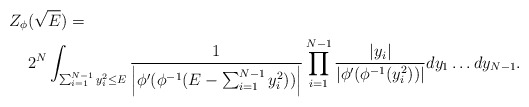
\begin{align*}Z_\phi&(\sqrt{E})=\\&2^{N} \displaystyle \int_{\sum_{i=1}^{N-1}y_i^2 \leq E }\frac{1}{\left |\phi'(\phi^{-1}(E-\sum_{i=1}^{N-1}y_i^2 ))\right |}\prod_{i=1}^{N-1}\frac{|y_i|}{|\phi'(\phi^{-1}(y_i^2))|} dy_1 \dots dy_{N-1}.\end{align*}